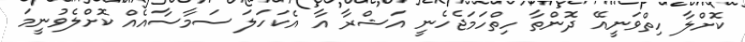
ކޮށްލާ ހިތްވަނީއޭ ދޮންތާ ހިތްހަމަޖެހެނީ އަޝްރާ އާ އެކަހަލަ ސަމާާސާއެއް ކޮށްލެވުނީމަ